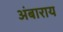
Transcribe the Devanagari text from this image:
अंबाराय